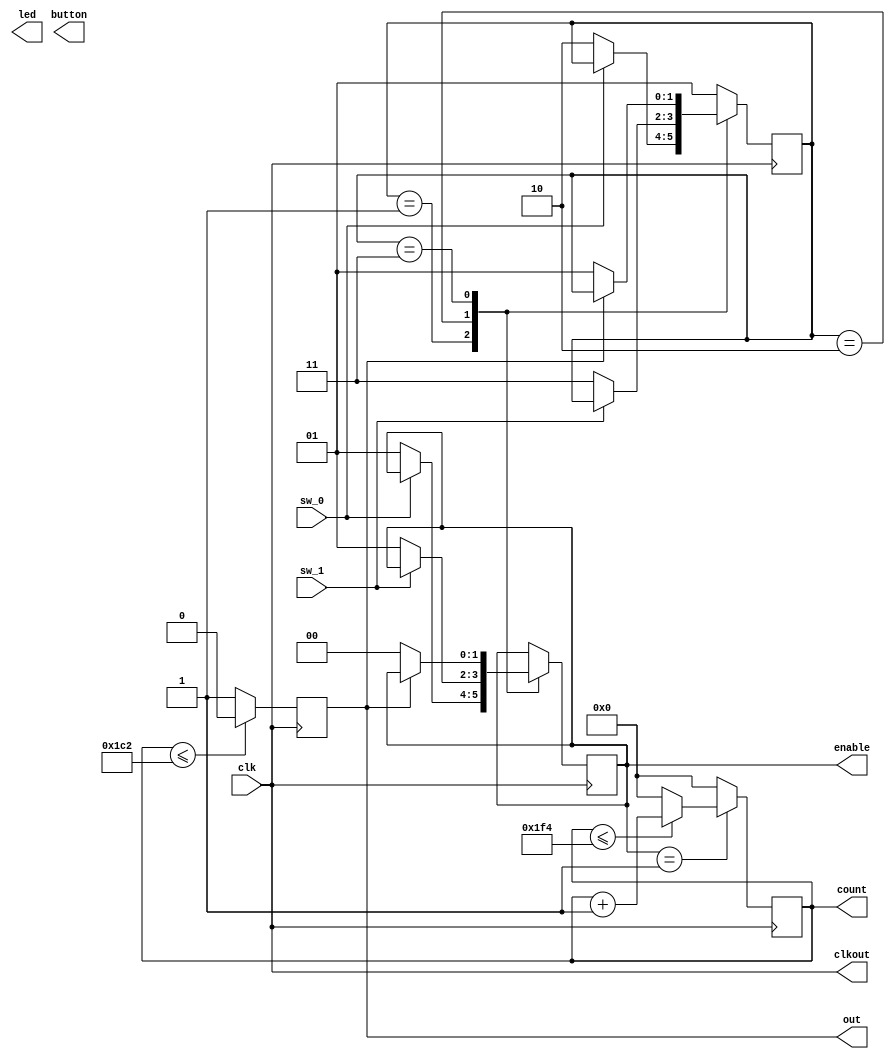
module divider (led, clkout, out, count, button, enable, clk, sw_0, sw_1);

parameter width=12;	//  
parameter k=500;		//   
parameter d=50; 		//      t=0.1T

input wire clk;
input wire sw_0;
input wire sw_1;

wire key0=~sw_0;
wire key1=~sw_1;

output wire clkout;
output reg [width-5:0]led;
output reg [1:0]enable;
output reg [width-1:0] count;
output reg out, button;

assign clkout=clk;

reg [1:0]state=0;	
//localparam [1:0] IDLE=1;		
//localparam [1:0] LED_ON=2;		
//localparam [1:0] LED_OFF=3;	

always @(posedge clk)

begin
// ---     100  -----------------------------------------------------------------
	if (enable==1)
	begin
	if (count<=k)		
		begin
		count<=count+1;
		end
	else 
		begin
		count<=0;
		end	
	end
	else begin
			count<=0;
			end
//-------------------------------------------------------------------------------------------------------

		
// ---     10  -----------------------------------------------
	if (count<=k-d)	
		begin
		out<=0;
		end
	else 
		begin
		out<=1;
		end
//--------------------------------------------------------------------------------------------------------

		
// ---   -------------------------------------------------------------------------------------		
	/*if( key1==1)
		begin
		led<=0;
		button<=0;
		end 
	else if(key0==1)
		begin
		led<=1;
		button<=1;
		end*/
//--------------------------------------------------------------------------------------------------------
	

case(state)		//   
//----------------------------------------------------------------------------------------------------------
	1:
	begin
		if (key0==1) 
		begin 
		state<=2;	//    2
		enable<=1;
		end
	end
//------------------------------------------------------------------------------------------------------------	
	2:
	begin
		if (key1==1) 
		begin
		state<=3;	//    3
		enable<=1;
		end
	end
//-----------------------------------------------------------------------------------------------------------------
	 3: 
	 begin
		if(out==0) 
			begin
			state<=1;	//    1
			enable<=0;
			end
	 end
//-------------------------------------------------------------------------------------------------------------					
default 
state<=1;
endcase
end

endmodule